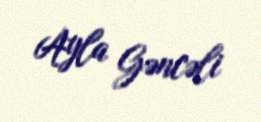
Ayla Gəncəli